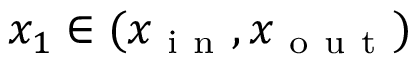
x _ { 1 } \in ( x _ { \mathrm { ~ i ~ n ~ } } , x _ { \mathrm { ~ o ~ u ~ t ~ } } )